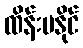
ထိန်းမနိုင်